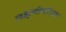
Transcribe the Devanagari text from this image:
लक्षणीयरित्या